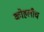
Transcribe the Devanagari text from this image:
कोहलीच